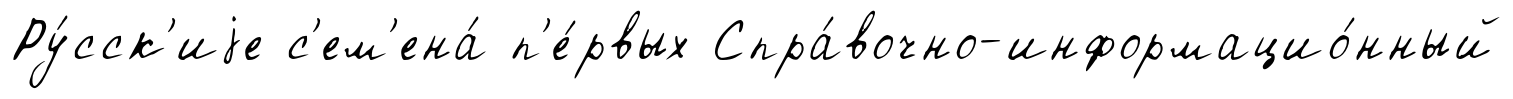
Ру́сск'иjе с'ем'ена́ п'е́рвых Спра́вочно-информацио́нный